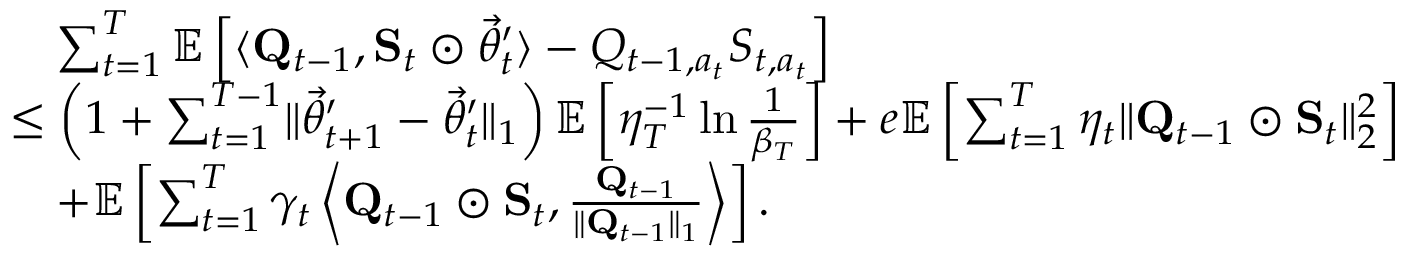
\begin{array} { r l } & { \quad \sum _ { t = 1 } ^ { T } \mathbb E \left[ \langle \mathbf Q _ { t - 1 } , \mathbf S _ { t } \odot \vec { \theta } _ { t } ^ { \prime } \rangle - Q _ { t - 1 , a _ { t } } S _ { t , a _ { t } } \right] } \\ & { \le \left( 1 + \sum _ { t = 1 } ^ { T - 1 } \lVert \vec { \theta } _ { t + 1 } ^ { \prime } - \vec { \theta } _ { t } ^ { \prime } \rVert _ { 1 } \right) \mathbb E \left[ \eta _ { T } ^ { - 1 } \ln \frac 1 { \beta _ { T } } \right] + e \mathbb E \left[ \sum _ { t = 1 } ^ { T } \eta _ { t } \lVert \mathbf Q _ { t - 1 } \odot \mathbf S _ { t } \rVert _ { 2 } ^ { 2 } \right] } \\ & { \quad + \mathbb E \left[ \sum _ { t = 1 } ^ { T } \gamma _ { t } \left\langle \mathbf Q _ { t - 1 } \odot \mathbf S _ { t } , \frac { \mathbf Q _ { t - 1 } } { \lVert \mathbf Q _ { t - 1 } \rVert _ { 1 } } \right\rangle \right] . } \end{array}